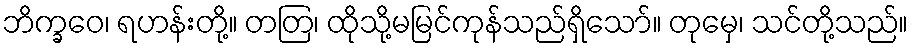
ဘိက္ခဝေ၊ ရဟန်းတို့။ တတြ၊ ထိုသို့မမြင်ကုန်သည်ရှိသော်။ တုမှေ၊ သင်တို့သည်။